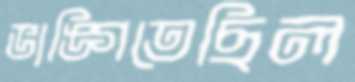
ভাঙ্গিতেছিল